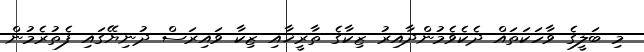
މި ބަލީގެ ވާހަކަތައް ދެކެވެމުންދާއިރު ޒިކާގެ ތާރީޚާއި ޒިކާ ވައިރަސް ދުނިޔޭގައި ފެތުރެމުން